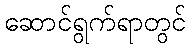
ဆောင်ရွက်ရာတွင်